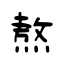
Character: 熬